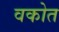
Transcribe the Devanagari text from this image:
वकोत